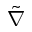
\tilde { \nabla }